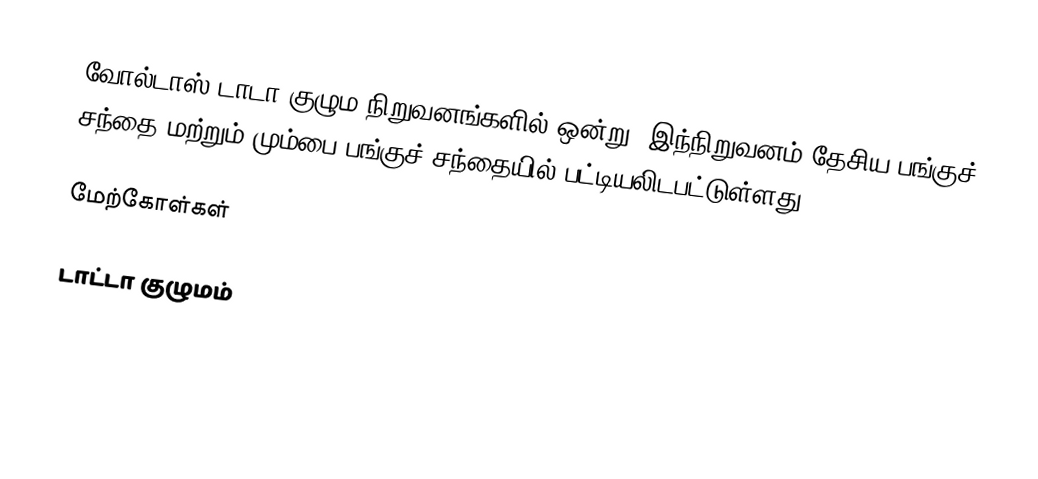
வோல்டாஸ் டாடா குழும நிறுவனங்களில் ஒன்று. இந்நிறுவனம் தேசிய பங்குச் சந்தை மற்றும் மும்பை பங்குச் சந்தையில் பட்டியலிடபட்டுள்ளது.

மேற்கோள்கள்

டாட்டா குழுமம்